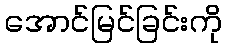
အောင်မြင်ခြင်းကို